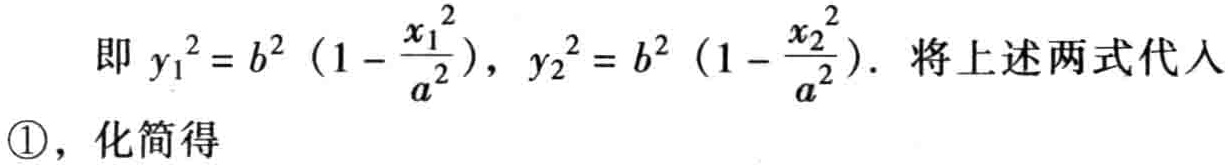
即 \(y_{1}^{2}=b^{2}\left(1 - \frac{x_{1}^{2}}{a^{2}}\right),\ y_{2}^{2}=b^{2}\left(1 - \frac{x_{2}^{2}}{a^{2}}\right).\) 将上述两式代入

\textcircled{1}，化简得